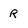
Character: r